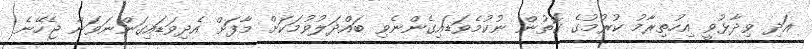
އަދި ވިދާޅުވީ އިހުތިރާމު ކުރުމުގެ ގޮތުން ނުކުމެވަޑައިގެންނެވި ބައްދަލުވުމަކަށް މާފަށް އެދިވަޑައިގަންނަވަން ޖެހޭނެ